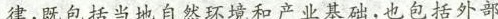
律，既包括当地自然环境和产业基础，也包括外部